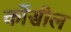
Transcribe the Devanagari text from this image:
कोंसील